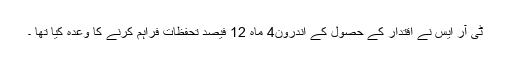
ٹی آر ایس نے اقتدار کے حصول کے اندرون4 ماہ 12 فیصد تحفظات فراہم کرنے کا وعدہ کیا تھا ۔